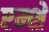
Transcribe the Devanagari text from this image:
एम्शे